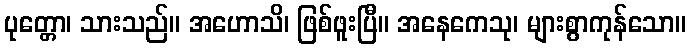
ပုတ္တော၊ သားသည်။ အဟောသိ၊ ဖြစ်ဖူးပြီ။ အနေကေသု၊ များစွာကုန်သော။